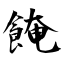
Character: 餣